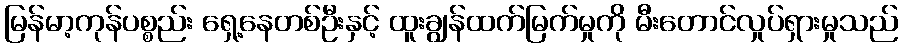
မြန်မာ့ကုန်ပစ္စည်း ရှေ့နေတစ်ဦးနှင့် ထူးချွန်ထက်မြက်မှုကို မီးတောင်လှုပ်ရှားမှုသည်